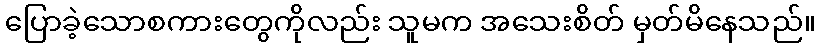
ပြောခဲ့သောစကားတွေကိုလည်း သူမက အသေးစိတ် မှတ်မိနေသည်။